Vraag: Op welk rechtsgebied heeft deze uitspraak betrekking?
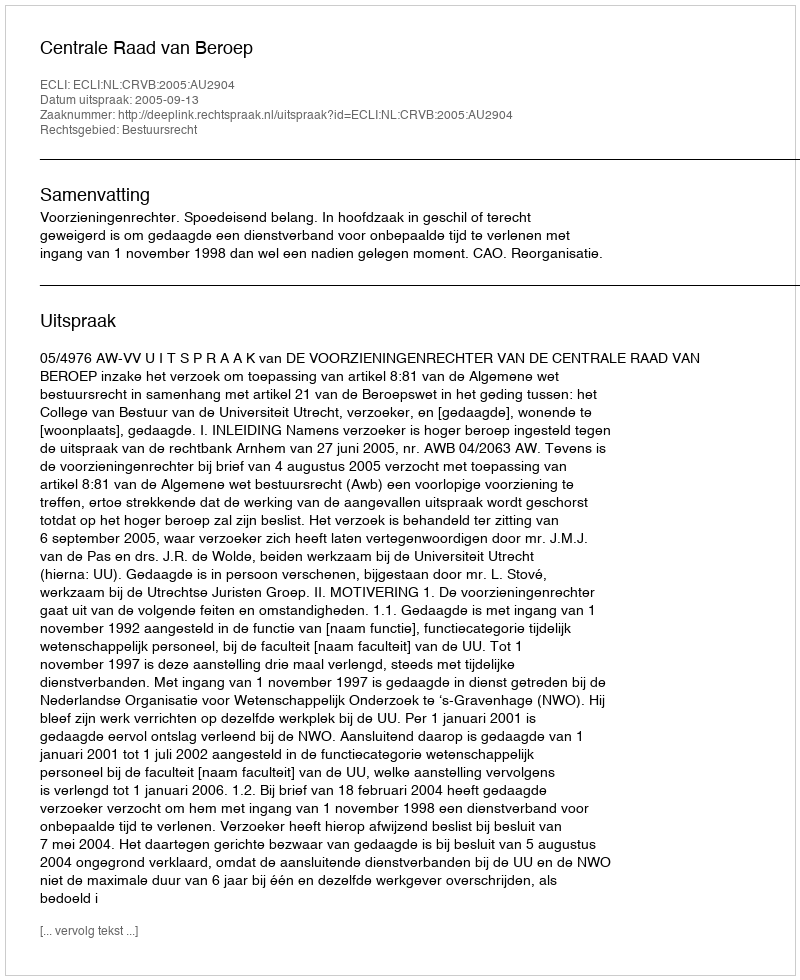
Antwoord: Bestuursrecht